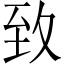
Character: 𦤶